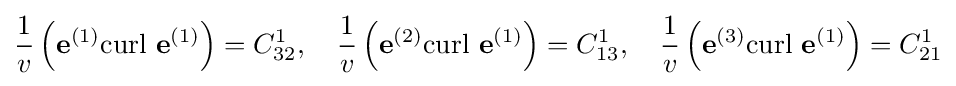
{\frac {1}{v}}\left(\mathbf {e} ^{(1)}{\text{curl }}\mathbf {e} ^{(1)}\right)=C_{32}^{1},\quad {\frac {1}{v}}\left(\mathbf {e} ^{(2)}{\text{curl }}\mathbf {e} ^{(1)}\right)=C_{13}^{1},\quad {\frac {1}{v}}\left(\mathbf {e} ^{(3)}{\text{curl }}\mathbf {e} ^{(1)}\right)=C_{21}^{1}